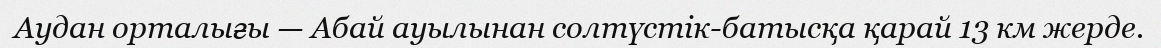
Аудан орталығы — Абай ауылынан солтүстік-батысқа қарай 13 км жерде.